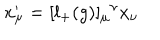
LaTeX: x _ { \mu } ^ { \prime } = [ l _ { + } ( g ) ] _ { \mu } { } ^ { \nu } x _ { \nu }